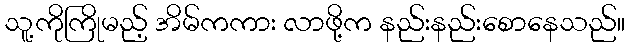
သူ့ကိုကြိုမည့် အိမ်ကကား လာဖို့က နည်းနည်းစောနေသည်။